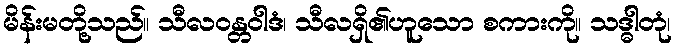
မိန်းမတို့သည်။ သီလဝန္တဝါဒံ၊ သီလရှိ၏ဟူသော စကားကို။ သဒ္ဓါတုံ၊